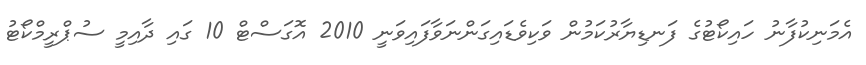
އެމަނިކުފާނު ހައިކޯޓުގެ ފަނޑިޔާރުކަމުން ވަކިވެޑައިގަންނަވާފައިވަނީ 2010 އޮގަސްޓް 10 ގައި ދާއިމީ ސުޕްރީމްކޯޓު